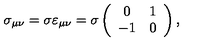
\sigma _ { \mu \nu } = \sigma \varepsilon _ { \mu \nu } = \sigma \left( \begin{array} { c c } { 0 } & { 1 } \\ { - 1 } & { 0 } \\ \end{array} \right) ,